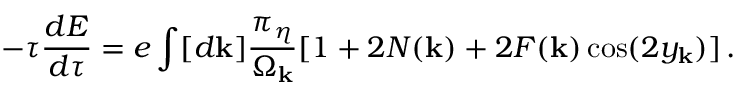
- \tau { \frac { d E } { d \tau } } = e \int [ d { \bf k } ] \frac { \pi _ { \eta } } { \Omega _ { \bf k } } [ 1 + 2 N ( { \bf k } ) + 2 F ( { \bf k } ) \cos ( 2 y _ { \bf k } ) ] \, .